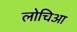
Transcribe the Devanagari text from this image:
लोचिआ